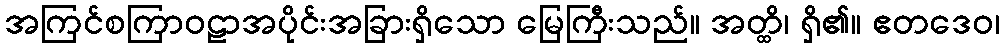
အကြင်စကြာဝဠာအပိုင်းအခြားရှိသော မြေကြီးသည်။ အတ္ထိ၊ ရှိ၏။ ဧတဒေဝ၊